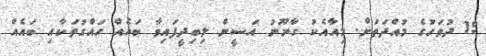
15 ދުވަހުގެ މުއްދަތަށް. މިއާއެކު ގާނޫނު އަސީން ލިބިދީފައިވާ ބައެއް ހައްގުތަކާއި ބައެއް